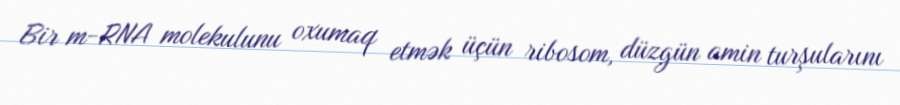
Bir m-RNA molekulunu oxumaq etmək üçün ribosom, düzgün amin turşularını